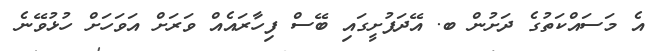
އެ މަސައްކަތުގެ ދަށުން ބ. އޭދަފުށީގައި ބޭސް ފިހާރައެއް ވަރަށް އަވަހަށް ހުޅުވޭނެ